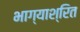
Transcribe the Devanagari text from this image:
भाग्याश्रित